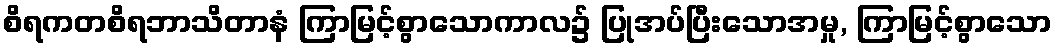
စိရကတစိရဘာသိတာနံ ကြာမြင့်စွာသောကာလ၌ ပြုအပ်ပြီးသောအမှု, ကြာမြင့်စွာသော